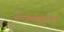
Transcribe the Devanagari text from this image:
पान्जलनकुरिची